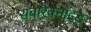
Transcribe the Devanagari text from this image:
सबारैक्नॉइड